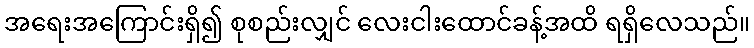
အရေးအကြောင်းရှိ၍ စုစည်းလျှင် လေးငါးထောင်ခန့်အထိ ရရှိလေသည်။